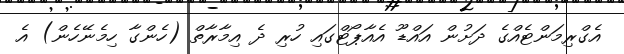
އެގްރިމަންޓެއްގެ ދަށުން އައްޑޫ އެއާޕޯޓްގައި ހުރި ދެ އިމާރާތް (ހެންގާ ހިމެނޭހެން) އެ